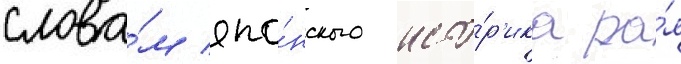
слова́м япо́нского исто́р'ика ра́я